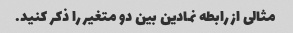
مثالی از رابطه نمادین بین دو متغیر را ذکر کنید.